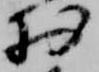
於